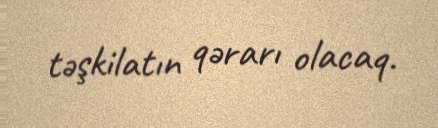
təşkilatın qərarı olacaq.